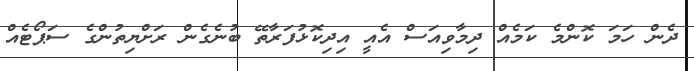
ދެން ހަމަ ކޮންމެ ކަމެއް ދިމާވިއަސް އެއީ އިދިކޮޅުފަރާތޭ ބުނެގެން ރަށްޔިތުންގެ ސަޕޯޓެއް